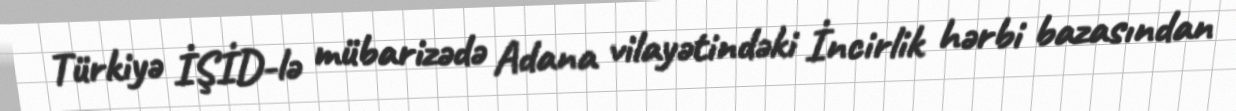
Türkiyə İŞİD-lə mübarizədə Adana vilayətindəki İncirlik hərbi bazasından